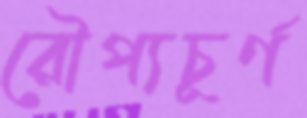
রৌপ্যচূর্ণ